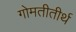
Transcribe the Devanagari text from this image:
गोमतीतीर्थ